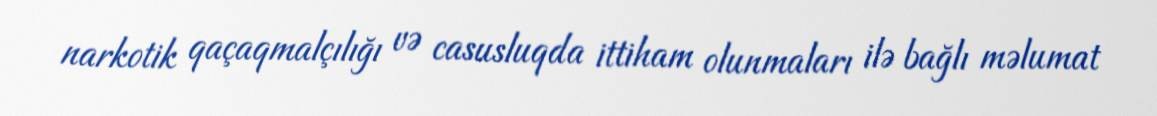
narkotik qaçaqmalçılığı və casusluqda ittiham olunmaları ilə bağlı məlumat